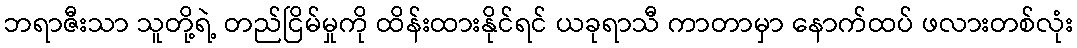
ဘရာဇီးသာ သူတို့ရဲ့ တည်ငြိမ်မှုကို ထိန်းထားနိုင်ရင် ယခုရာသီ ကာတာမှာ နောက်ထပ် ဖလားတစ်လုံး